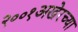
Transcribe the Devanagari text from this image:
२००१अखेरच्या